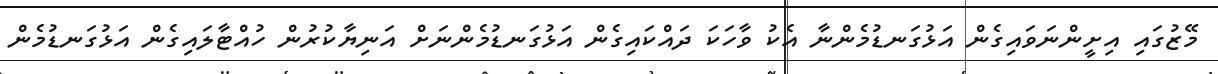
މޭޒުގައި އިށީންނަވައިގެން އަޅުގަނޑުމެންނާ އެކު ވާހަކަ ދައްކައިގެން އަޅުގަނޑުމެންނަށް އަނިޔާކުރުން ހުއްޓާލައިގެން އަޅުގަނޑުމެން